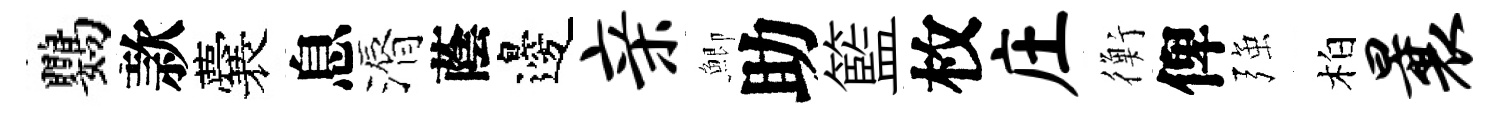
鸚款囊息漘蔭邊亲鯽助籃枚庄衡俾强柏曩